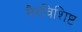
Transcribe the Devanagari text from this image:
गैरविशिष्ट